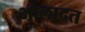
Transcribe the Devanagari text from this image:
भोलादत